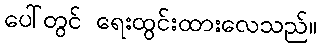
ပေါ်တွင် ရေးထွင်းထားလေသည်။